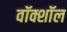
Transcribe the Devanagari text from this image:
वॉक्शॉल